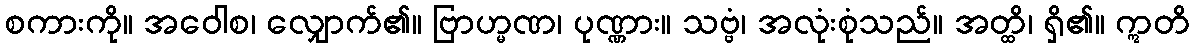
စကားကို။ အဝေါစ၊ လျှောက်၏။ ဗြာဟ္မဏ၊ ပုဏ္ဏား။ သဗ္ဗံ၊ အလုံးစုံသည်။ အတ္ထိ၊ ရှိ၏။ ဣတိ